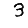
Digit: 3